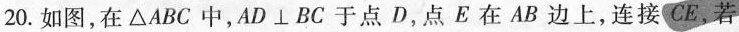
20.如图，在\bigtriangleup ABC中，$$A D \bot B C$$于点D，点E在AB边上，连接CE，若